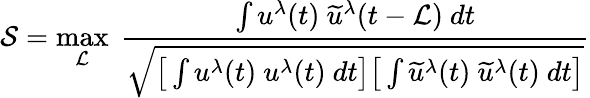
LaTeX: \mathcal{S}=\operatorname*{max}_{\mathcal{L}}~\frac{\int u^{\lambda}(t)~\widetilde{u}^{\lambda}(t-\mathcal{L})~dt}{\sqrt{\big[\int u^{\lambda}(t)~{u}^{\lambda}(t)~dt\big]\big[\int\widetilde{u}^{\lambda}(t)~\widetilde{u}^{\lambda}(t)~dt\big]}}